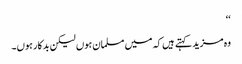
‘‘
وہ مزید کہتے ہیں کہ میں مسلمان ہوں لیکن بدکار ہوں۔